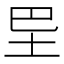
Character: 𡉷